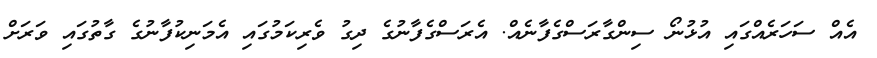
އެއް ސަހަރެއްގައި އުޅުނޯ ސިންގާރަސްގެފާނެއް. އެރަސްގެފާނުގެ ދިގު ވެރިކަމުގައި އެމަނިކުފާނުގެ ގާތުގައި ވަރަށް